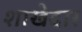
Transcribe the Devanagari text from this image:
शाखेदार